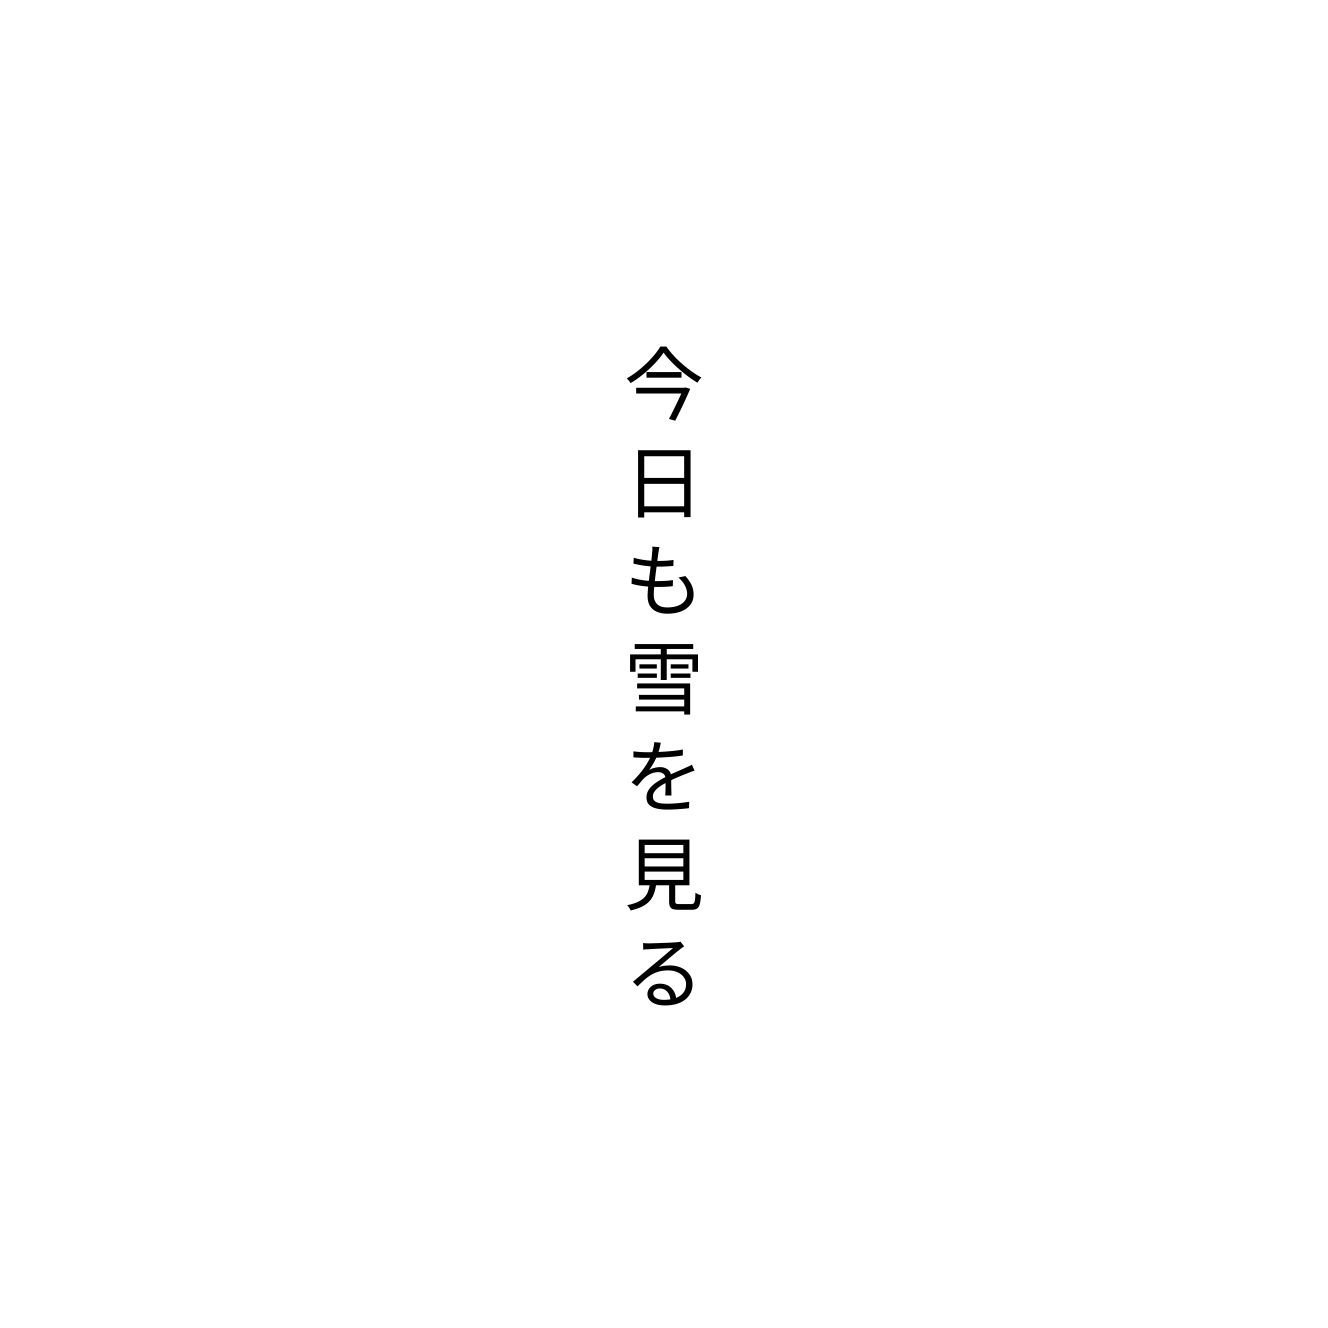
今日も雪を見る